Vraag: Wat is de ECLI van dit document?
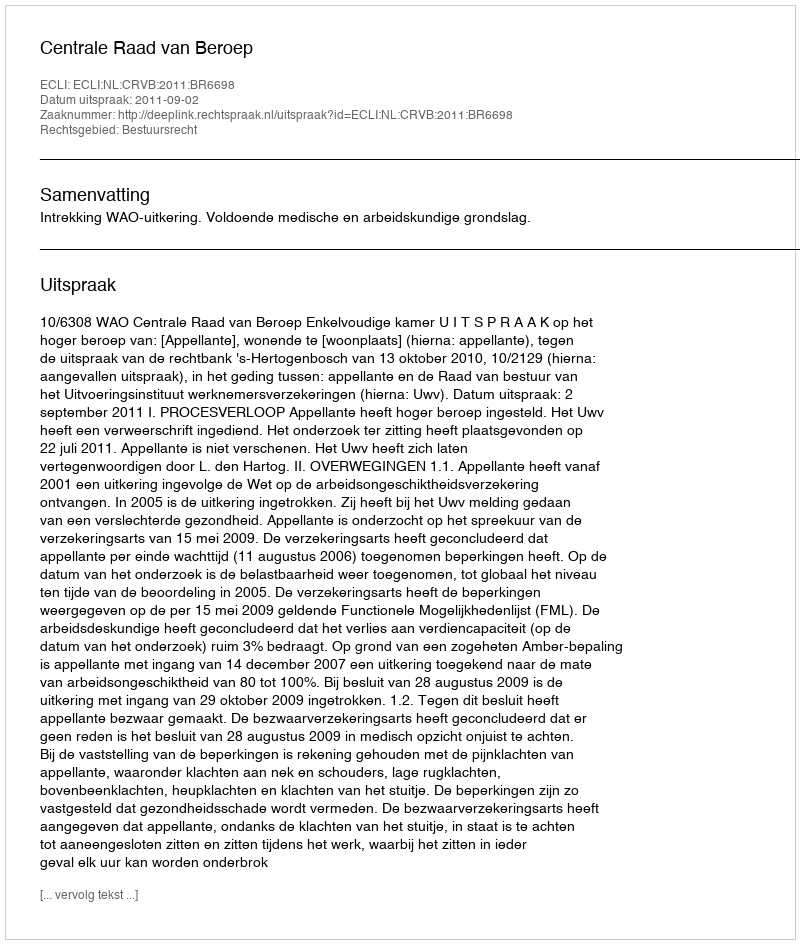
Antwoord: ECLI:NL:CRVB:2011:BR6698